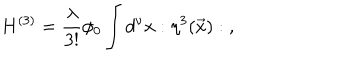
H ^ { ( 3 ) } = { \frac { \lambda } { 3 ! } } \phi _ { 0 } \int d ^ { \nu } x : { \eta } ^ { 3 } ( \vec { x } ) : \; ,